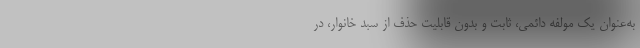
به‌عنوان یک مولفه دائمی، ثابت و بدون قابلیت حذف از سبد خانوار، در